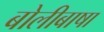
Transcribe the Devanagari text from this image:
बोलीबाषा